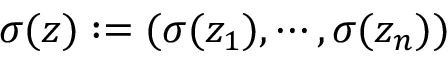
\sigma ( z ) : = ( \sigma ( z _ { 1 } ) , \cdots , \sigma ( z _ { n } ) )